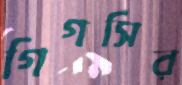
গিগসির